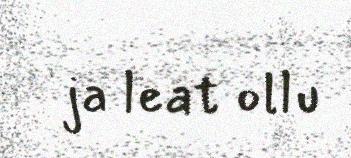
ja leat ollu